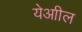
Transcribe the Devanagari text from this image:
येआील